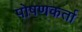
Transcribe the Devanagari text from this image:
पोषणकर्ता